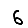
Digit: 6